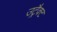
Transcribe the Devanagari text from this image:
उट्रैक्ट